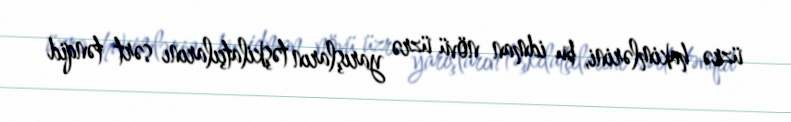
üzrə hakimlərini, bu idman növü üzrə yarışların təşkilatçılarını sərt tənqid